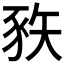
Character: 𰶦